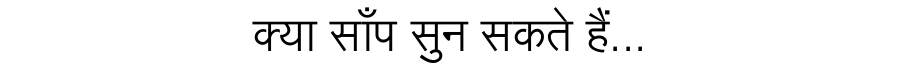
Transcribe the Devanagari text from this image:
क्या साँप सुन सकते हैं...